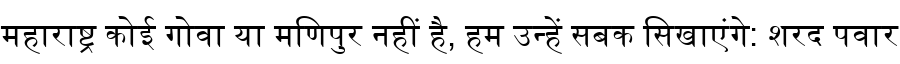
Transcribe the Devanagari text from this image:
महाराष्ट्र कोई गोवा या मणिपुर नहीं है, हम उन्हें सबक सिखाएंगे: शरद पवार